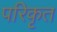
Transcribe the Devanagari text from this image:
परिकृत